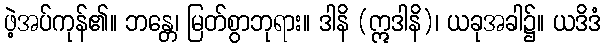
ဖဲ့အပ်ကုန်၏။ ဘန္တေ၊ မြတ်စွာဘုရား။ ဒါနိ (ဣဒါနိ)၊ ယခုအခါ၌။ ယဒိဒံ